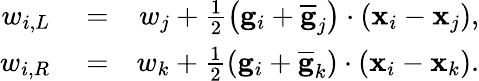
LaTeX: \begin{array}{rlr}{w_{i,L}}&{{}=}&{w_{j}+\frac{1}{2}\left({\mathbf g}_{i}+\overline{{\mathbf g}}_{j}\right)\cdot({\mathbf x}_{i}-{\mathbf x}_{j}),}\\ {w_{i,R}}&{{}=}&{w_{k}+\frac{1}{2}\left({\mathbf g}_{i}+\overline{{\mathbf g}}_{k}\right)\cdot({\mathbf x}_{i}-{\mathbf x}_{k}).}\end{array}